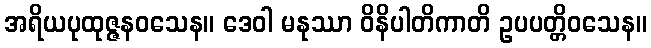
အရိယပုထုဇ္ဇနဝသေန။ ဒေဝါ မနုဿာ ဝိနိပါတိကာတိ ဥပပတ္တိဝသေန။